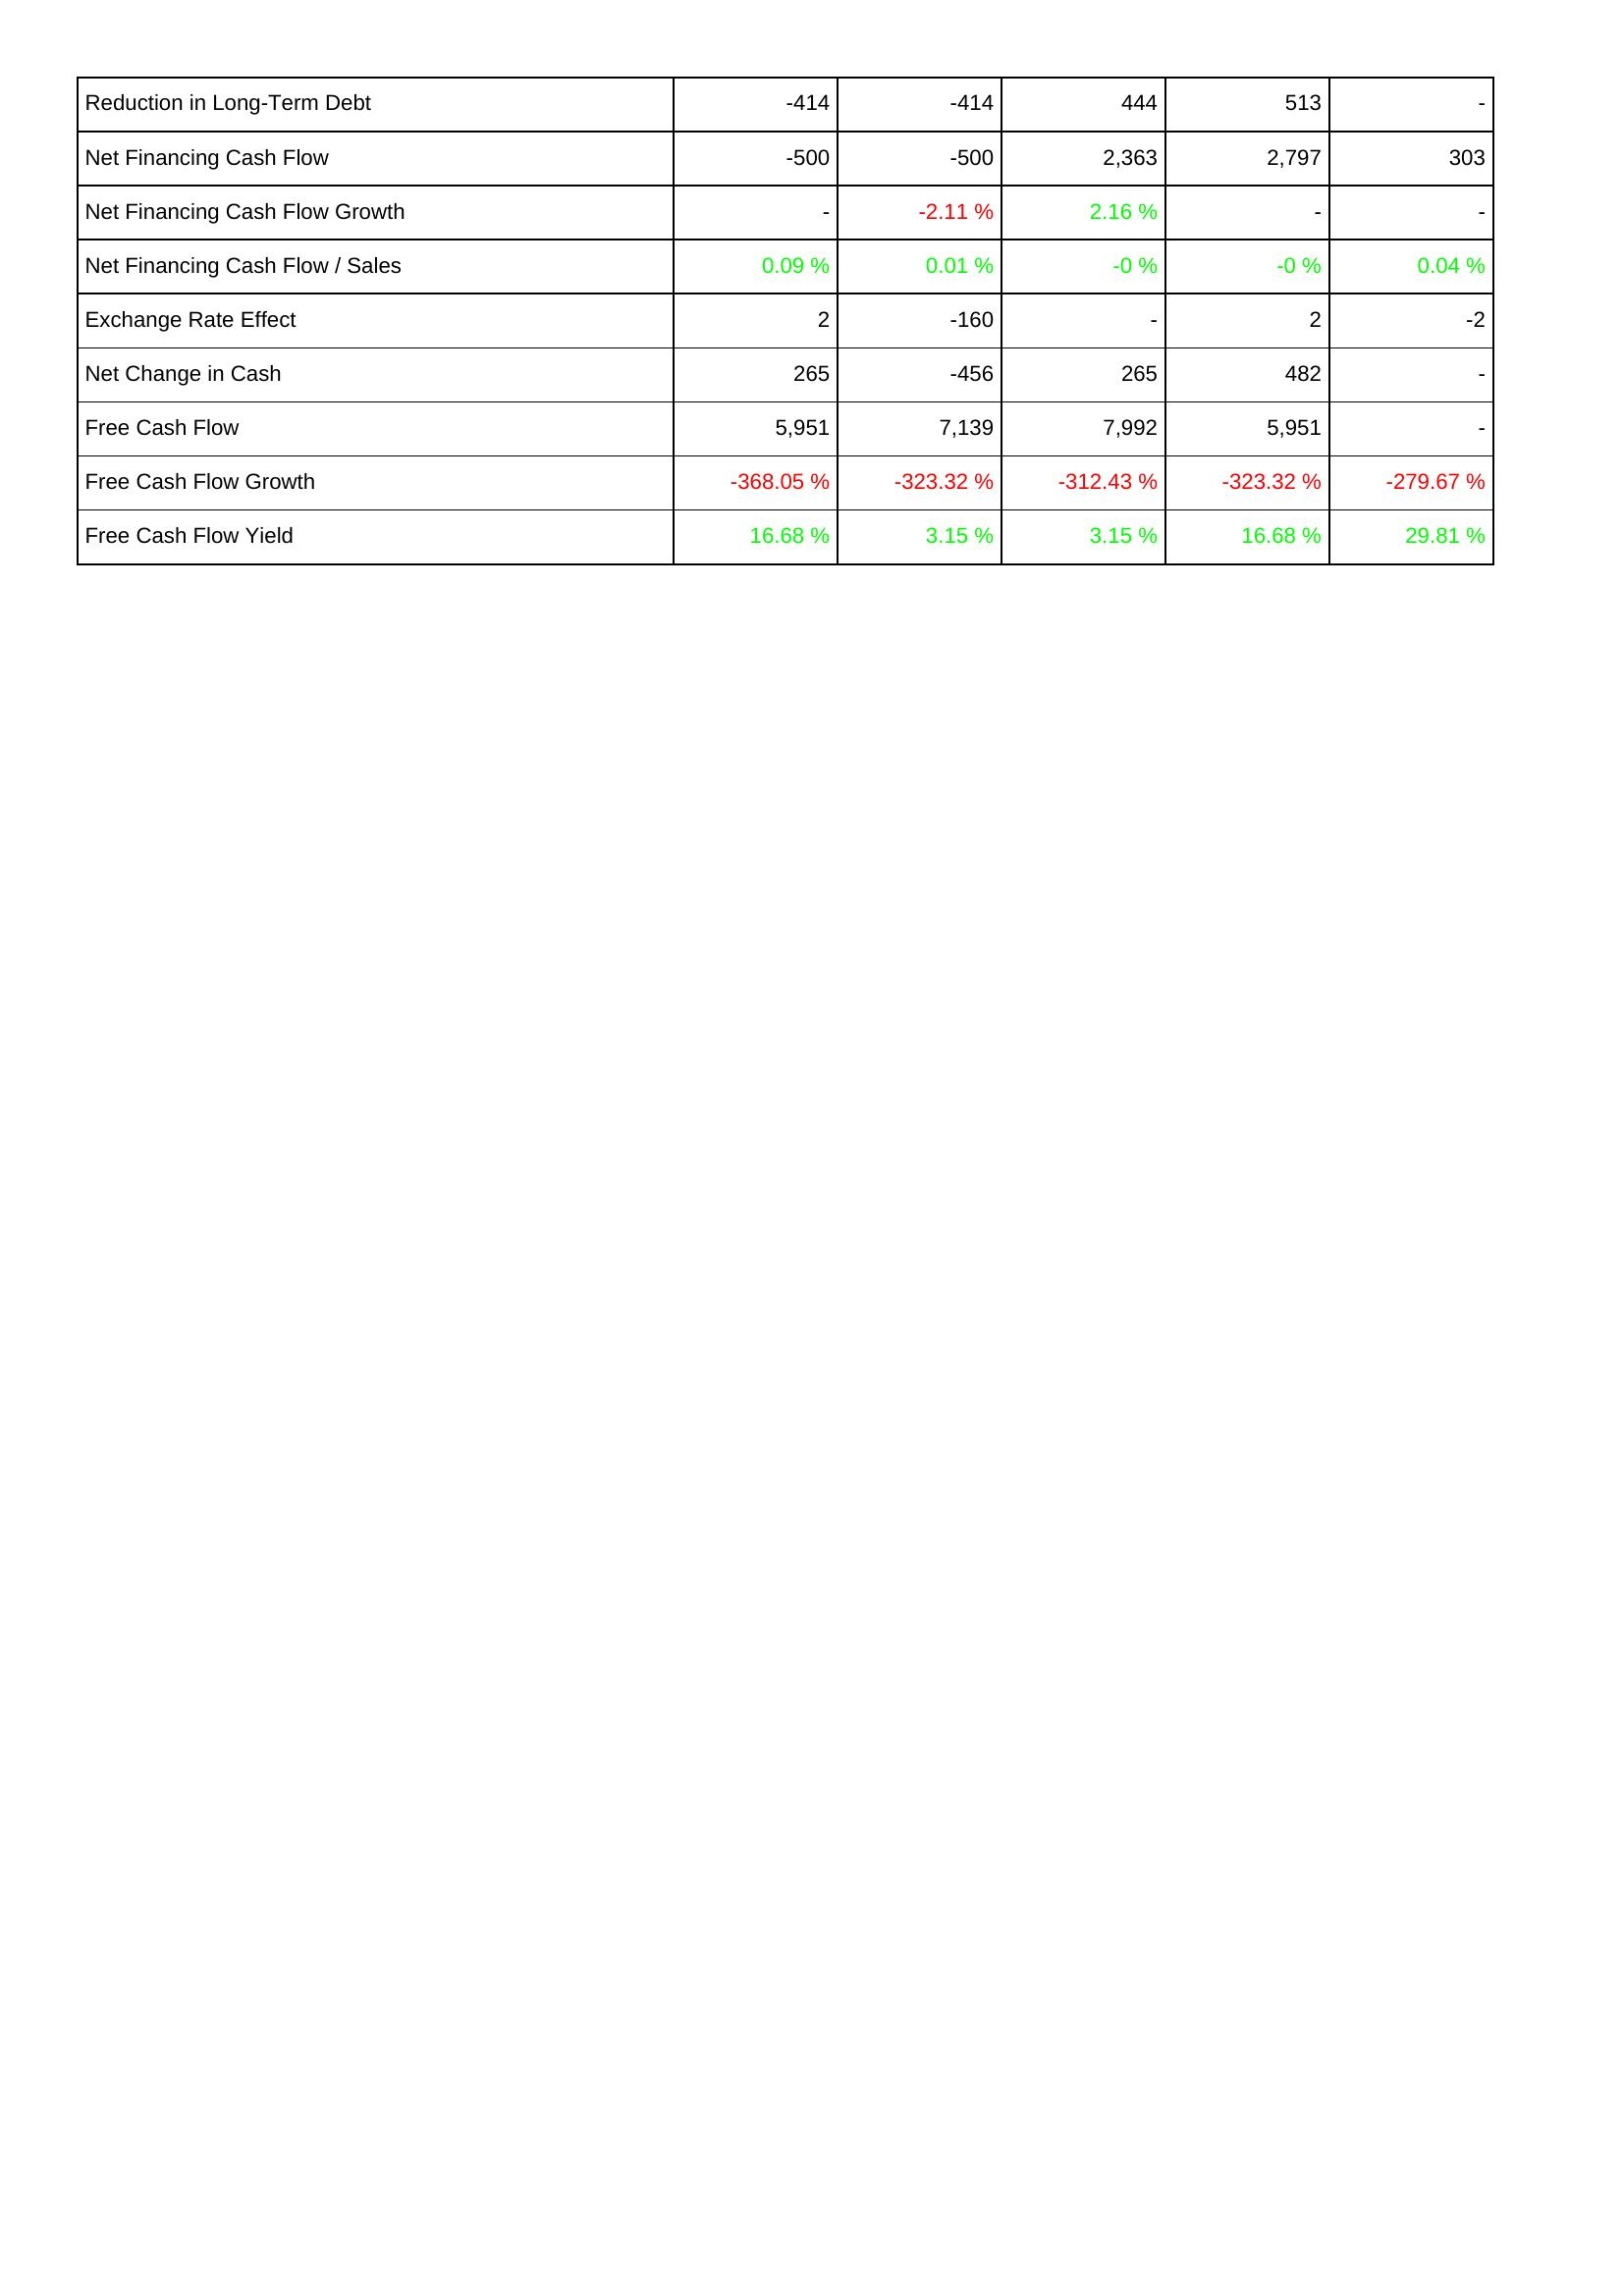
2013: Financing Activities: Reduction in Long-Term Debt: -414
Net Financing Cash Flow: -500
Net Financing Cash Flow Growth: -
Net Financing Cash Flow / Sales: 0.09 %
Exchange Rate Effect: 2
Net Change in Cash: 265
Free Cash Flow: 5,951
Free Cash Flow Growth: -368.05 %
Free Cash Flow Yield: 16.68 %
2014: Financing Activities: Reduction in Long-Term Debt: -414
Net Financing Cash Flow: -500
Net Financing Cash Flow Growth: -2.11 %
Net Financing Cash Flow / Sales: 0.01 %
Exchange Rate Effect: -160
Net Change in Cash: -456
Free Cash Flow: 7,139
Free Cash Flow Growth: -323.32 %
Free Cash Flow Yield: 3.15 %
2015: Financing Activities: Reduction in Long-Term Debt: 444
Net Financing Cash Flow: 2,363
Net Financing Cash Flow Growth: 2.16 %
Net Financing Cash Flow / Sales: -0 %
Exchange Rate Effect: -
Net Change in Cash: 265
Free Cash Flow: 7,992
Free Cash Flow Growth: -312.43 %
Free Cash Flow Yield: 3.15 %
2016: Financing Activities: Reduction in Long-Term Debt: 513
Net Financing Cash Flow: 2,797
Net Financing Cash Flow Growth: -
Net Financing Cash Flow / Sales: -0 %
Exchange Rate Effect: 2
Net Change in Cash: 482
Free Cash Flow: 5,951
Free Cash Flow Growth: -323.32 %
Free Cash Flow Yield: 16.68 %
2017: Financing Activities: Reduction in Long-Term Debt: -
Net Financing Cash Flow: 303
Net Financing Cash Flow Growth: -
Net Financing Cash Flow / Sales: 0.04 %
Exchange Rate Effect: -2
Net Change in Cash: -
Free Cash Flow: -
Free Cash Flow Growth: -279.67 %
Free Cash Flow Yield: 29.81 %